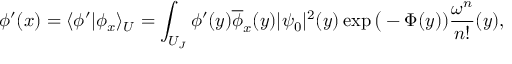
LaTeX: \phi ^ { \prime } ( x ) = \langle \phi ^ { \prime } | \phi _ { x } \rangle _ { \cal U } = \int _ { { \cal U } _ { J } } \phi ^ { \prime } ( y ) \overline { { { \phi } } } _ { x } ( y ) | \psi _ { 0 } | ^ { 2 } ( y ) \exp \big ( - \Phi ( y ) ) { \frac { \omega ^ { n } } { n ! } } ( y ) ,